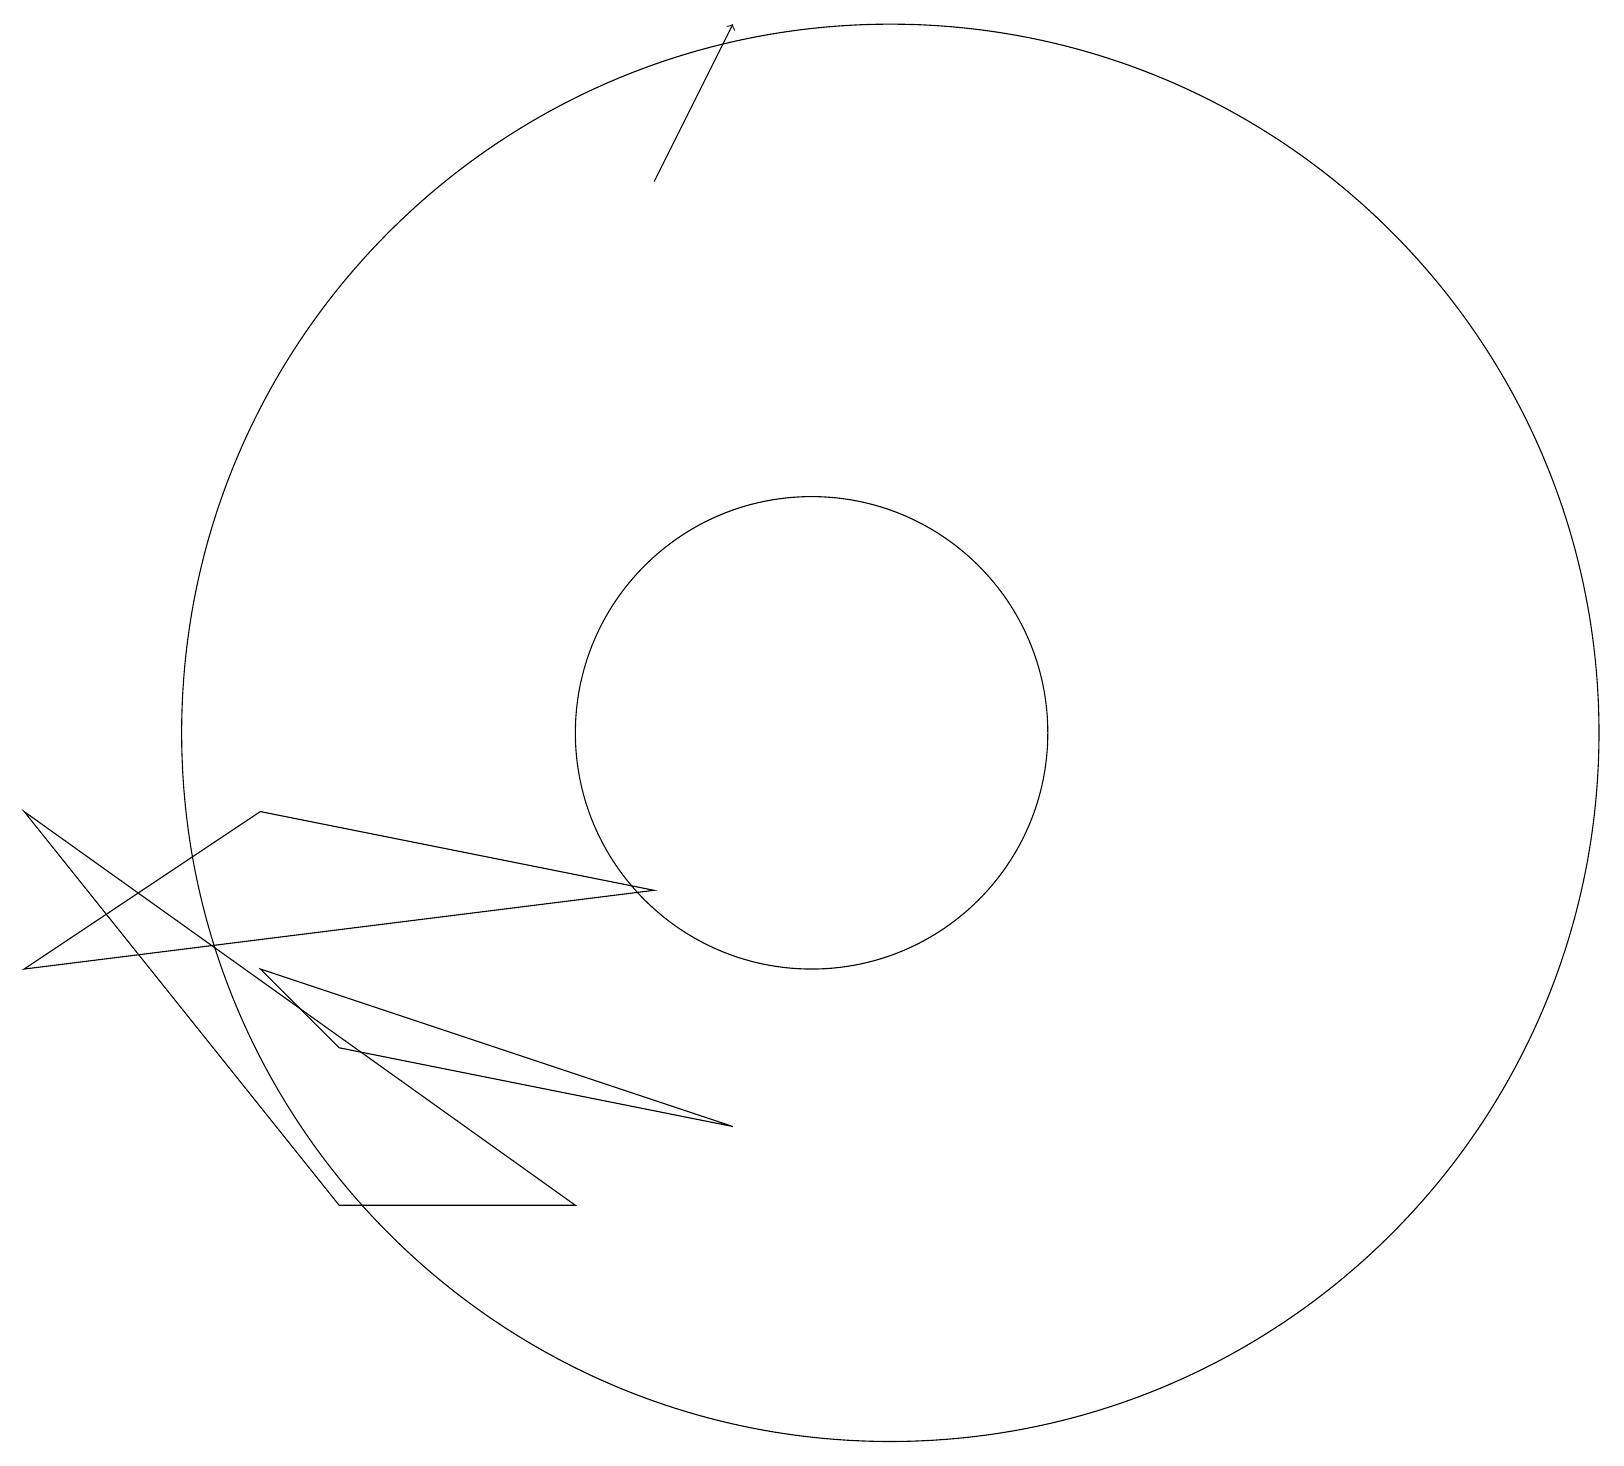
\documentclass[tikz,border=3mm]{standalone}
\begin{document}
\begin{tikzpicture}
\draw (7,4) -- (0,9) -- (4,4) -- cycle;
\draw (11,10) circle (9);
\draw (0,7) -- (8,8) -- (3,9) -- cycle;
\draw (4,6) -- (3,7) -- (9,5) -- cycle;
\draw[->] (8,17) -- (9,19);
\draw (10,10) circle (3);
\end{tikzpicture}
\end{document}